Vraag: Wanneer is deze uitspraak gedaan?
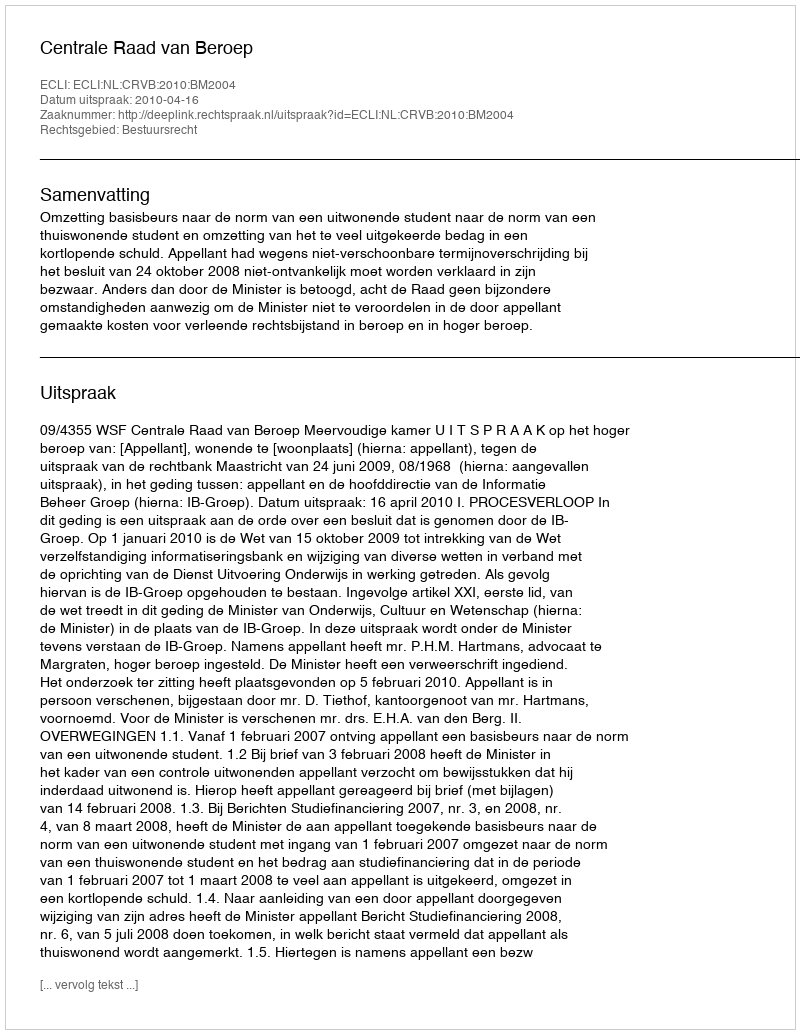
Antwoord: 2010-04-16